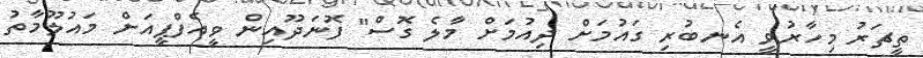
ތީޗަރު މިހާރުވީ އެނބުރި ގައުމަށް ދިއުމަށް މާލެ ގޮސް" ފޮނަދޫއިން ވީއެފްޕީއަށް މައުލޫމާތު